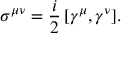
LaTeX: \sigma ^ { \mu \nu } = \frac i 2 \, [ \gamma ^ { \mu } , \gamma ^ { \nu } ] .